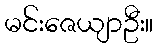
မင်းဇေယျာဦး။